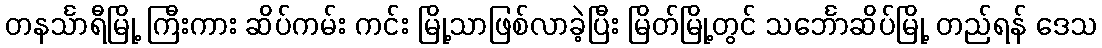
တနင်္သာရီမြို့ ကြီးကား ဆိပ်ကမ်း ကင်း မြို့သာဖြစ်လာခဲ့ပြီး မြိတ်မြို့တွင် သင်္ဘောဆိပ်မြို့ တည်ရန် ဒေသ